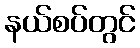
နယ်စပ်တွင်